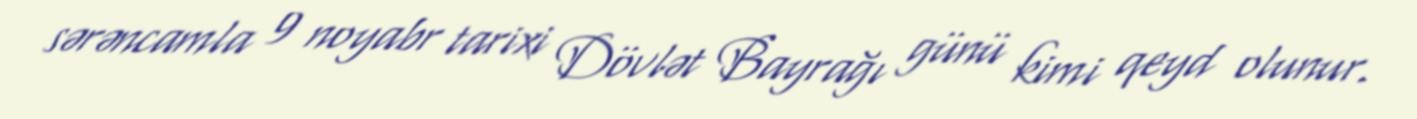
sərəncamla 9 noyabr tarixi Dövlət Bayrağı günü kimi qeyd olunur.